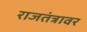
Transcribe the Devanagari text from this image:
राजतंत्रावर